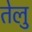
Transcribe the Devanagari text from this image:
तेलु